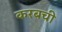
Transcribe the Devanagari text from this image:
करबची